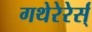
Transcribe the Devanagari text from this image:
गथेरेरेर्स्